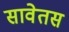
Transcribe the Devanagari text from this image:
सावेतस